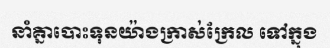
នាំគ្នាបោះទុនយ៉ាងក្រាស់ក្រែល ទៅក្នុង